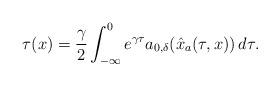
LaTeX: \begin{align*}\tau(x) = \dfrac{\gamma}{2} \int_{-\infty}^0 e^{\gamma\tau} a_{0,\delta}(\hat{x}_a(\tau,x))\,d\tau.\end{align*}